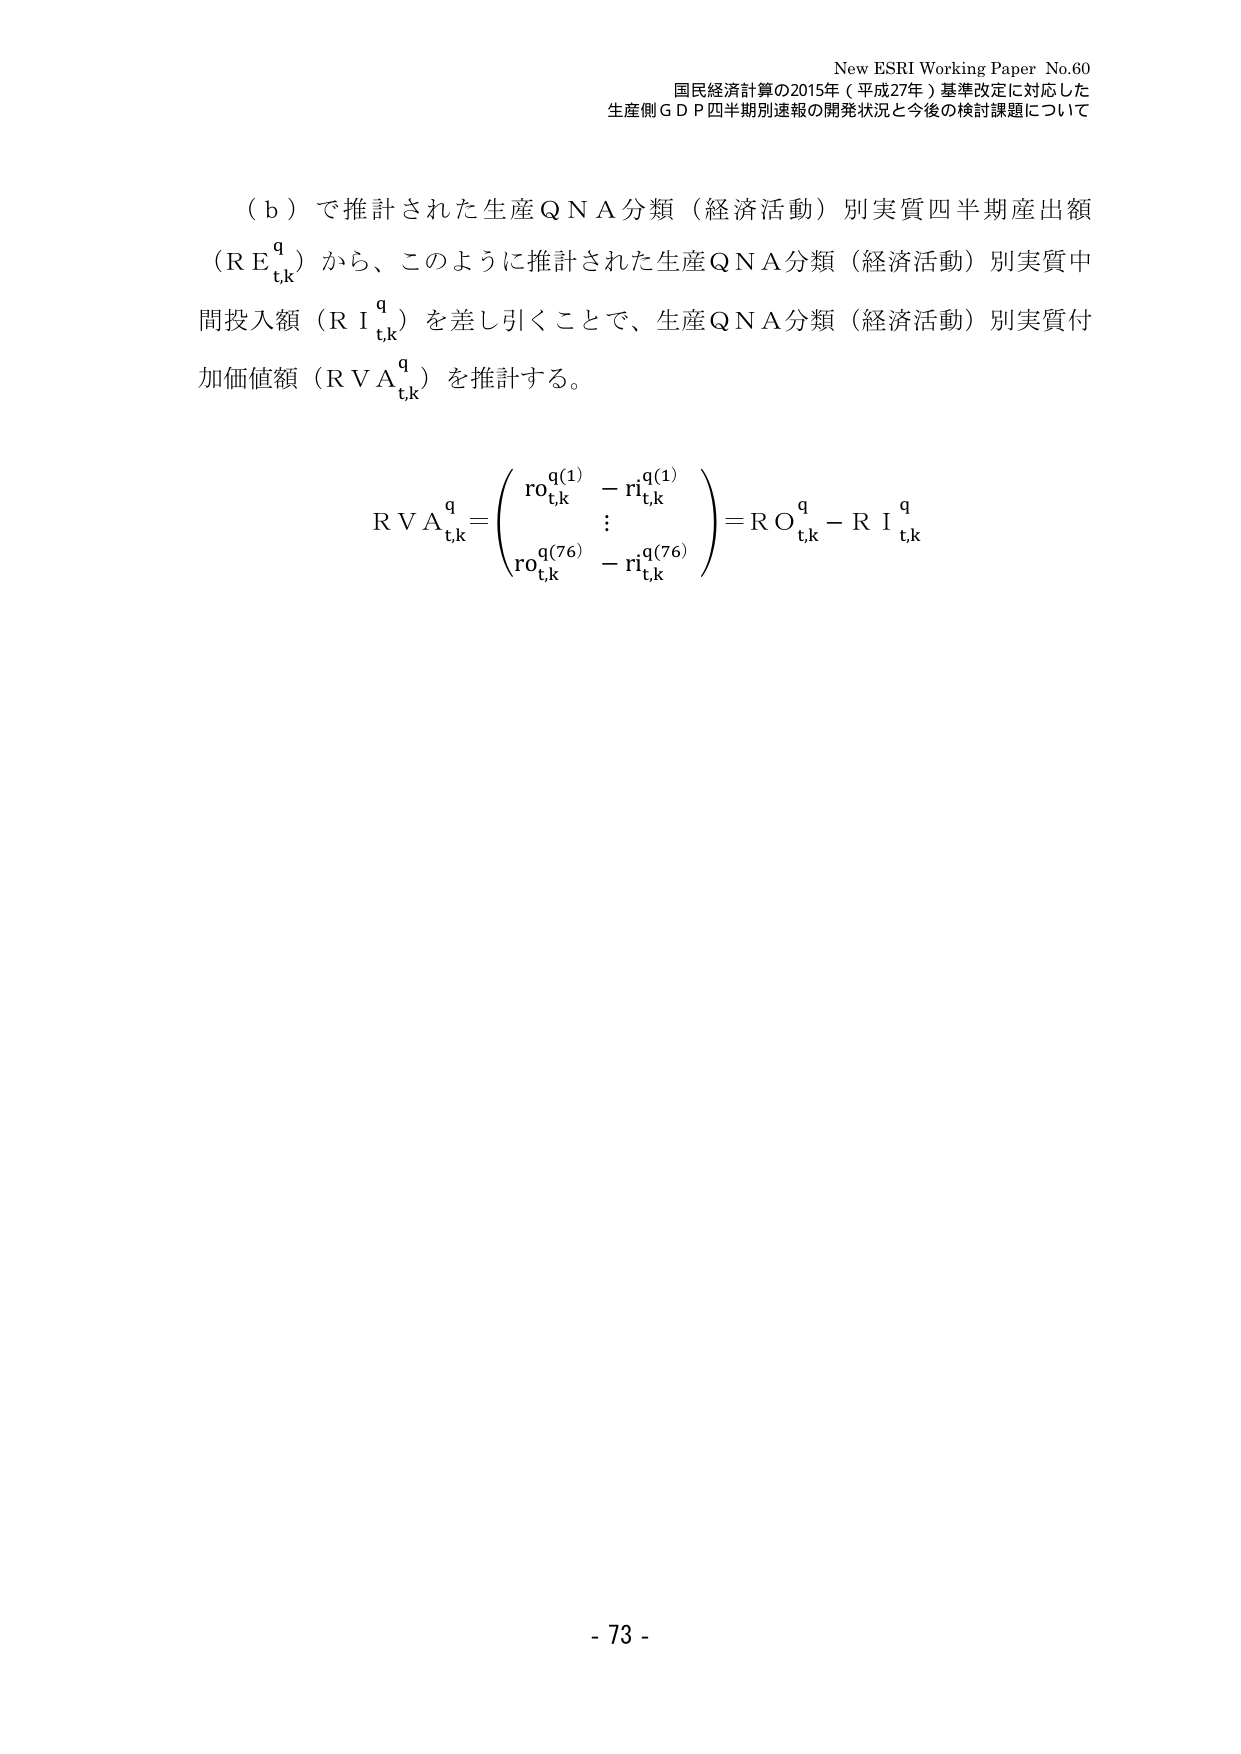
New ESRI Working Paper No.60
国民経済計算の2015年（平成27年）基準改定に対応した
生産側ＧＤＰ四半期別速報の開発状況と今後の検討課題について

（ｂ）で推計された生産ＱＮＡ分類（経済活動）別実質四半期産出額
（ＲＥｔ,ｋｑ）から、このように推計された生産ＱＮＡ分類（経済活動）別実質中
間投入額（ＲＩｔ,ｋｑ）を差し引くことで、生産ＱＮＡ分類（経済活動）別実質付
加価値額（ＲＶＡｔ,ｋｑ）を推計する。

ＲＶＡｔ,ｋｑ＝（ｒｏｔ,ｋｑ(1)－ｒｉｔ,ｋｑ(1)
　　　　　　⋮
　　　　　　ｒｏｔ,ｋｑ(76)－ｒｉｔ,ｋｑ(76)）＝ＲＯｔ,ｋｑ－ＲＩｔ,ｋｑ

- 73 -